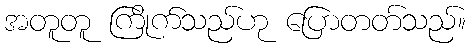
အတူတူ ကြိုက်သည်ဟု ပြောတတ်သည်။